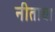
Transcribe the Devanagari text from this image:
नीताचा